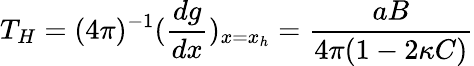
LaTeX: T_{H}=(4\pi)^{-1}(\frac{dg}{dx})_{x=x_{h}}=\frac{aB}{4\pi(1-2\kappa C)}